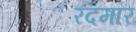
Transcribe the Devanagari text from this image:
रदमार